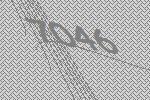
7046